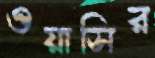
ওয়াসির